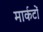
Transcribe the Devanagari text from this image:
मार्कटों